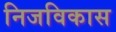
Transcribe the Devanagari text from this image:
निजविकास